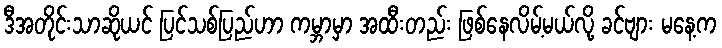
ဒီအတိုင်းသာဆိုယင် ပြင်သစ်ပြည်ဟာ ကမ္ဘာမှာ အထီးတည်း ဖြစ်နေလိမ့်မယ်လို့ ခင်ဗျား မနေ့က